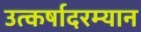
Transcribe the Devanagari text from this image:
उत्कर्षादरम्यान